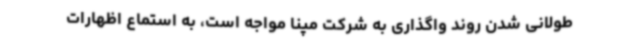
طولانی شدن روند واگذاری به شرکت مپنا مواجه است، به استماع اظهارات